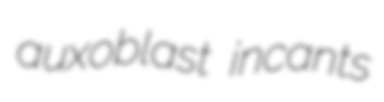
auxoblast incants